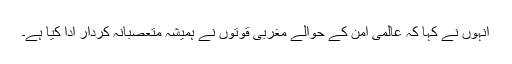
انہوں نے کہا کہ عالمی امن کے حوالے مغربی قوتوں نے ہمیشہ متعصبانہ کردار ادا کیا ہے۔